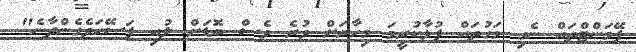
ޕޭމަންްޓްތައް ނެގި މަގުތައް ފުޅާކުރީމަ މިހާރަށް ވުރެ ވެސް ބޮޑަށް ލުއި ފަސޭހަވެގެންދާނެ"